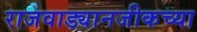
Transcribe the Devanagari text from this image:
राजवाड्यानजीकच्या